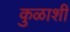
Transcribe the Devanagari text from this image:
कुळाशी